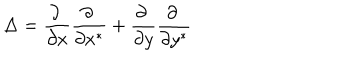
LaTeX: \Delta = \frac { \partial \ } { \partial x } \frac { \partial \ } { \partial x ^ { * } } + \frac { \partial \ } { \partial y } \frac { \partial \ } { \partial y ^ { * } }